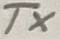
Text: TX